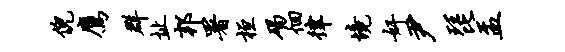
倪鹰群址邦署桓碣徊律境奸尹琵盂